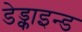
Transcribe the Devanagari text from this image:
डेड्काइन्ड